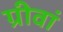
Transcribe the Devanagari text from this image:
ग्रीवां